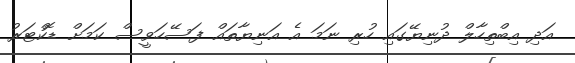
އަދި އިބްތިހާލް ދުނިޔޭގައި ހުރި ނަމަ އެ އަނިޔާތައް ފަސޭހަވީސް ކަމަށް ޑޮކްޓަރު